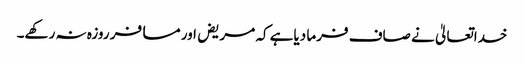
خداتعالیٰ نے صاف فرما دیاہے کہ مریض اور مسافر روزہ نہ رکھے۔